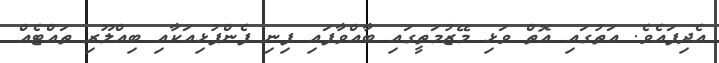
އެދިފައެވެ. އަތުގައި އޮތް ވަޅި މޭޒުމަތީގައި ބާއްވާފައި ފިނި ފެންފުޅިއަކާއި ބިއްލޫރި ތައްޓެއް